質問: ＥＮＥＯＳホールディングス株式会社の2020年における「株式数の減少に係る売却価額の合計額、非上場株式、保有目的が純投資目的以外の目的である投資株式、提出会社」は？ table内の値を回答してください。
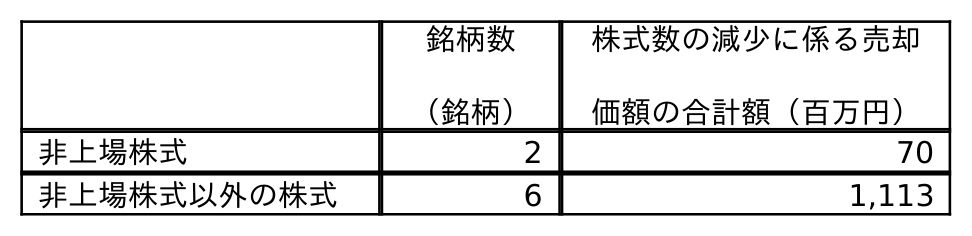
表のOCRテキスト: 銘柄数 （銘柄） 株式数の減少に係る売却 価額の合計額（百万円） 非上場株式 2 70 非上場株式以外の株式 6 1,113
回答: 70